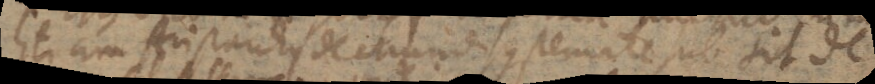
Etiam Aristarchus De Mundi systemate subsit de